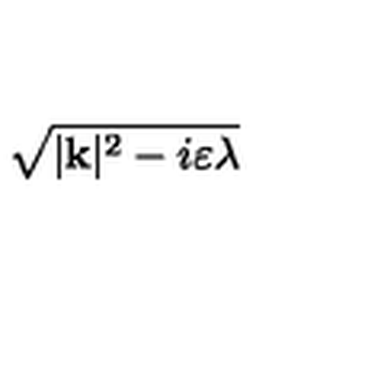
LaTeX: \sqrt { | \mathbf { k } | ^ { 2 } - i \varepsilon \lambda }